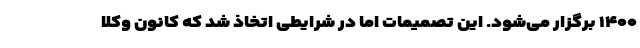
۱۴۰۰ برگزار می‌شود. این تصمیمات اما در شرایطی اتخاذ شد که کانون وکلا